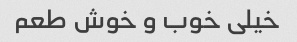
خیلی خوب و خوش طعم